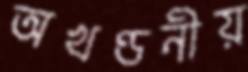
অখণ্ডনীয়